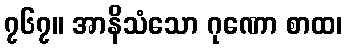
၇၆၇။ အာနိသံသော ဂုဏော စာထ၊